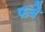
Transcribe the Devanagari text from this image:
फबै